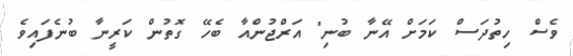
ވެސް ހިތުދަސް ކަމަށް އޭނާ ބުނި" އަރްޖުންއާ ބެހޭ ގޮތުން ކަރީނާ ބުނެފައިވެ